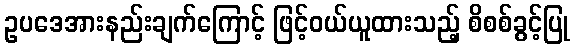
ဥပဒေအားနည်းချက်ကြောင့် ဖြင့်ဝယ်ယူထားသည့် စိစစ်ခွင့်ပြု